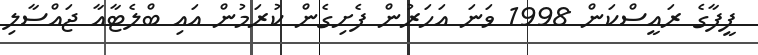
ފީފާގެ ރައީސްކަން 1998 ވަނަ އަހަރުން ފެށިގެން ކުރަމުން އައި ބްލެޓާއާ ޖައްސާލި